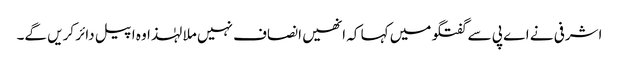
اشرفی نے اے پی سے گفتگو میں کہا کہ انھیں انصاف نہیں ملا لہٰذا وہ اپیل دائر کریں گے۔